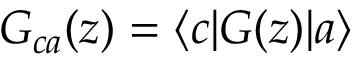
G _ { c a } ( z ) = \langle c | G ( z ) | a \rangle